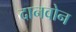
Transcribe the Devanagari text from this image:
दानवोन